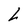
Character: L